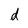
Character: d